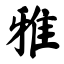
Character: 雅